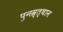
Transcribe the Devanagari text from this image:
पुनस्र्त्थान